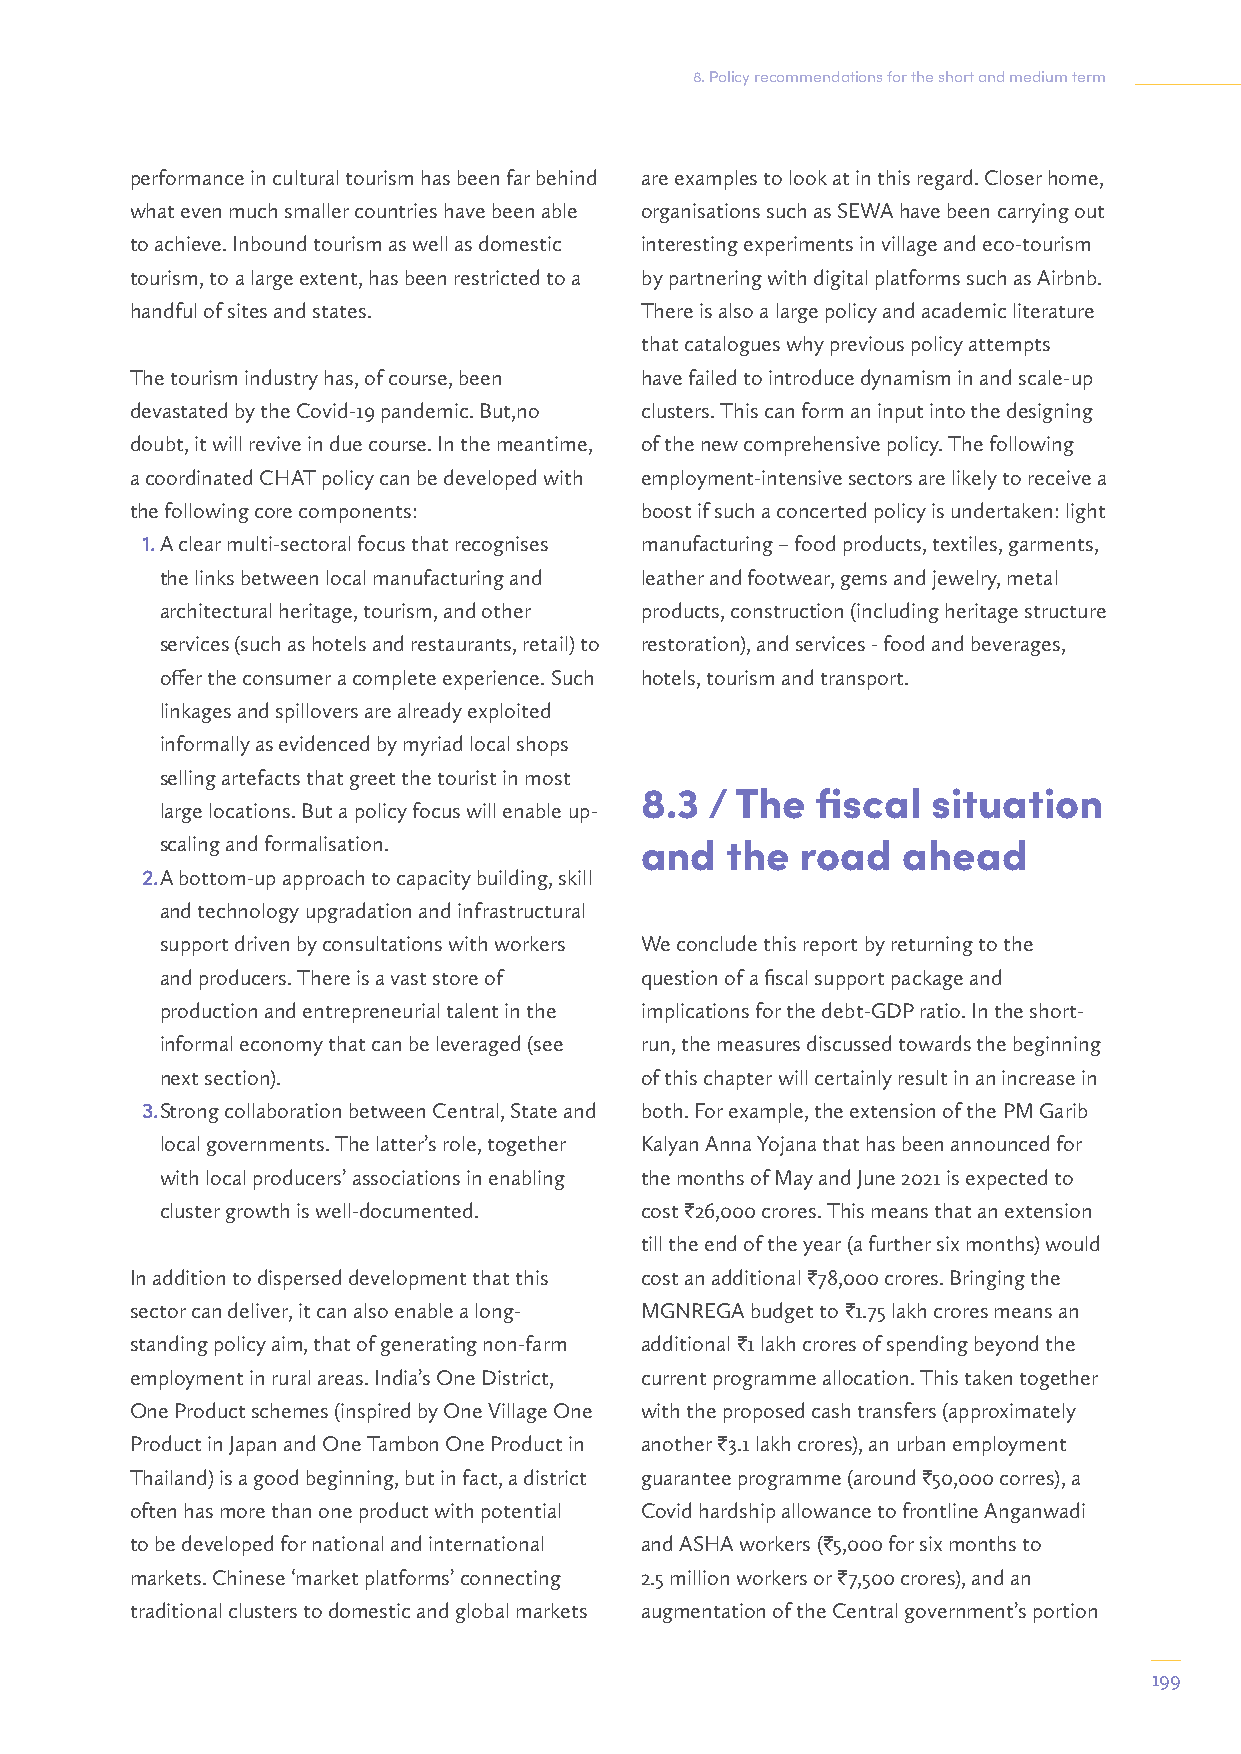
8. Policy recommendations for the short and medium term
 performance in cultural tourism has been far behind are examples to look at in this regard. Closer home,
 what even much smaller countries have been able organisations such as SEWA have been carrying out
 to achieve. Inbound tourism as well as domestic interesting experiments in village and eco-tourism
 tourism, to a large extent, has been restricted to a by partnering with digital platforms such as Airbnb.
 handful of sites and states.     There is also a large policy and academic literature
 that catalogues why previous policy attempts
 The tourism industry has, of course, been have failed to introduce dynamism in and scale-up
 devastated by the Covid-19 pandemic. But,no clusters. This can form an input into the designing
 doubt, it will revive in due course. In the meantime, of the new comprehensive policy. The following
 a coordinated CHAT policy can be developed with employment-intensive sectors are likely to receive a
 the following core components:   boost if such a concerted policy is undertaken: light
 1. A clear multi-sectoral focus that recognises manufacturing – food products, textiles, garments,
 the links between local manufacturing and leather and footwear, gems and jewelry, metal
 architectural heritage, tourism, and other products, construction (including heritage structure
 services (such as hotels and restaurants, retail) to restoration), and services - food and beverages,
 offer the consumer a complete experience. Such hotels, tourism and transport.
 linkages and spillovers are already exploited
 informally as evidenced by myriad local shops
 selling artefacts that greet the tourist in most
 8.3  / The  fiscal  situation
 large locations. But a policy focus will enable up-
 scaling and formalisation.     and   the  road   ahead
 2. A bottom-up approach to capacity building, skill
 and technology upgradation and infrastructural
 support driven by consultations with workers We conclude this report by returning to the
 and producers. There is a vast store of question of a fiscal support package and
 production and entrepreneurial talent in the implications for the debt-GDP ratio. In the short-
 informal economy that can be leveraged (see run, the measures discussed towards the beginning
 next section).                 of this chapter will certainly result in an increase in
 3. Strong collaboration between Central, State and both. For example, the extension of the PM Garib
 local governments. The latter’s role, together Kalyan Anna Yojana that has been announced for
 with local producers’ associations in enabling the months of May and June 2021 is expected to
 cluster growth is well-documented. cost I26,000 crores. This means that an extension
 till the end of the year (a further six months) would
 In addition to dispersed development that this cost an additional I78,000 crores. Bringing the
 sector can deliver, it can also enable a long- MGNREGA budget to I1.75 lakh crores means an
 standing policy aim, that of generating non-farm additional I1 lakh crores of spending beyond the
 employment in rural areas. India’s One District, current programme allocation. This taken together
 One Product schemes (inspired by One Village One with the proposed cash transfers (approximately
 Product in Japan and One Tambon One Product in another I3.1 lakh crores), an urban employment
 Thailand) is a good beginning, but in fact, a district guarantee programme (around I50,000 corres), a
 often has more than one product with potential Covid hardship allowance to frontline Anganwadi
 to be developed for national and international and ASHA workers (I5,000 for six months to
 markets. Chinese ‘market platforms’ connecting 2.5 million workers or I7,500 crores), and an
 traditional clusters to domestic and global markets augmentation of the Central government’s portion
 199